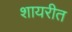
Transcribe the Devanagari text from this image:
शायरीत